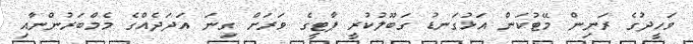
ވަހީދުގެ ރަނިން މޭޓުކަން އަޅުގަނޑު ގަބޫލުކުރީ ޕާޓީގެ ވަރަށް ގިނަ އަދަދެއްގެ މެމްބަރުންނާއި